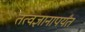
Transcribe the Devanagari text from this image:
तत्वज्ञानापर्यंत